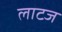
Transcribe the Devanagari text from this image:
लाटज